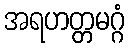
အရဟတ္တမဂ္ဂံ